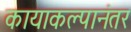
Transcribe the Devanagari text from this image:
कायाकल्पानंतर